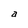
Character: a